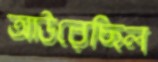
আউরেছিল